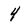
Character: 4